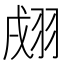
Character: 𦐴